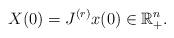
LaTeX: \begin{align*} X(0) = J^{(r)}x(0)\in \mathbb R_+^n.\end{align*}